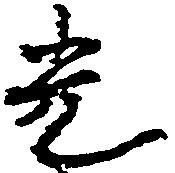
光